Scottish Leaving Certificate Examination, 1961
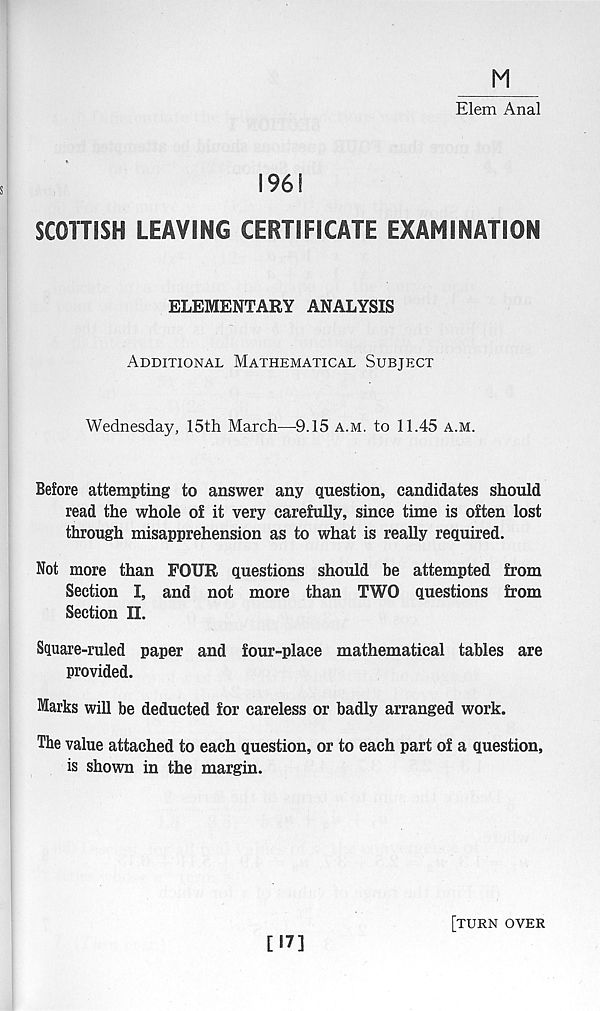
M
Elem Anal
196!
SCOTTISH LEAVING CERTIFICATE EXAMINATION
ELEMENTARY ANALYSIS
Additional Mathematical Subject
Wednesday, 15th March—9.15 a.m. to 11.45 a.m.
Before attempting to answer any question, candidates should
read the whole of it very carefully, since time is often lost
through misapprehension as to what is really required.
Not more than FOUR questions should be attempted from
Section I, and not more than TWO questions from
Section II.
Square-ruled paper and four-place mathematical tables are
provided.
larks will be deducted for careless or badly arranged work.
The value attached to each question, or to each part of a question,
is shown in the margin.
[17]
[turn over